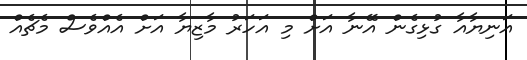
އަނިޔާއާ ގުޅިގެން އޭނާ އަށް މި އަހަރު މާޒިޔާ އަށް އެއްވެސް މެޗެއް